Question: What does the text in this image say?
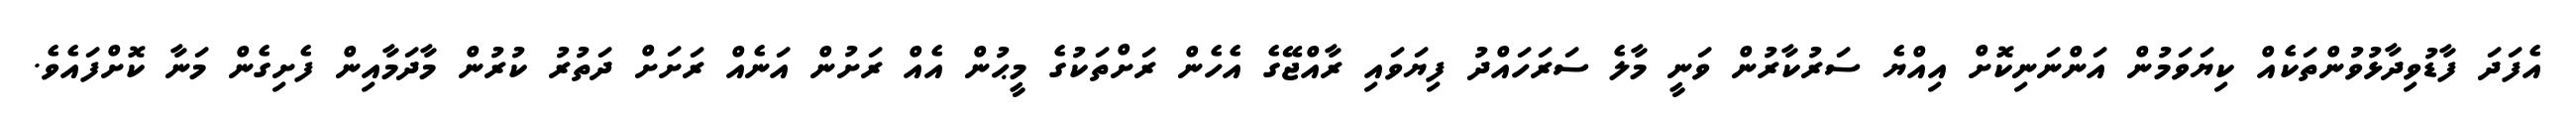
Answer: އެފަދަ ފާޑުވިދާޅުވުންތަކެއް ކިޔަވަމުން އަންނަނިކޮށް އިއްޔެ ސަރުކާރުން ވަނީ މާލެ ސަރަހައްދު ފިޔަވައި ރާއްޖޭގެ އެހެން ރަށްތަކުގެ މީޙުން އެއް ރަށުން އަނެއް ރަށަށް ދަތުރު ކުރުން މާދަމާއިން ފެށިގެން މަނާ ކޮށްފައެވެ.